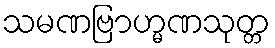
သမဏဗြာဟ္မဏသုတ္တ